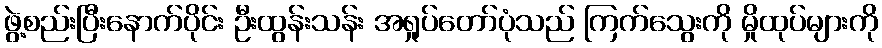
ဖွဲ့စည်းပြီးနောက်ပိုင်း ဦးထွန်းသန်း အရှုပ်တော်ပုံသည် ကြက်သွေးကို မှိုထုပ်များကို